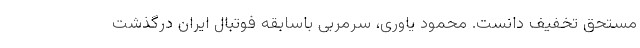
مستحق تخفیف دانست. محمود یاوری، سرمربی باسابقه فوتبال ایران درگذشت